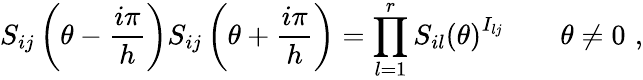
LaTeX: S_{ij}\left(\theta-\frac{i\pi}{h}\right)S_{ij}\left(\theta+\frac{i\pi}{h}\right)=\prod_{l=1}^{r}S_{il}\left(\theta\right)^{I_{lj}}\qquad\theta\neq 0\, \, ,